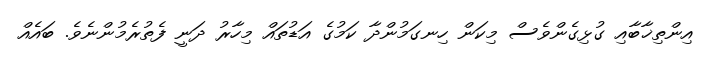
އިންތިޚާބާއި ގުޅިގެންވެސް މިކަން ހިނގަމުންދާ ކަމުގެ އަޑުތައް މިހާރު ދަނީ ފެތުރެމުންނެވެ. ބައެއް